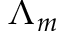
\Lambda _ { m }